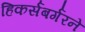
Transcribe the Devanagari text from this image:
हिकर्सबर्गरने